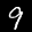
Label: 9